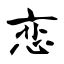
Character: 恋